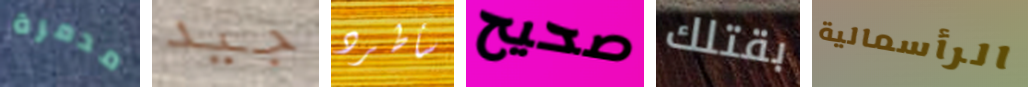
مدمرة جيد سأطرد صحيح بقتلك الرأسمالية